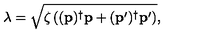
\lambda = \sqrt { \zeta \left( ( \mathbf { p } ) ^ { \dagger } \mathbf { p } + ( \mathbf { p } ^ { \prime } ) ^ { \dagger } \mathbf { p } ^ { \prime } \right) } ,